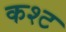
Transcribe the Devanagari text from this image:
कश्ट